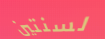
لسنتين